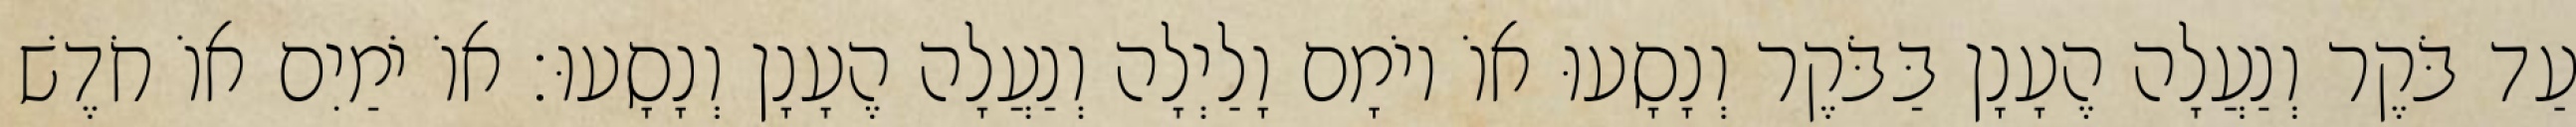
עַד בֹּקֶר וְנַעֲלָה הֶעָנָן בַּבֹּקֶר וְנָסָעוּ אוֹ יוֹמָם וָלַיְלָה וְנַעֲלָה הֶעָנָן וְנָסָעוּ׃ אוֹ יֹמַיִם אוֹ חֹדֶשׁ